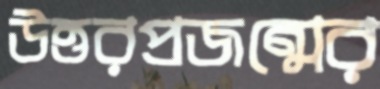
উত্তরপ্রজন্মের